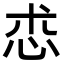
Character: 怷